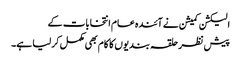
الیکشن کمیشن نے آئندہ عام انتخابات کے
پیش نظر حلقہ بندیوں کا کام بھی مکمل کرلیا ہے۔